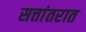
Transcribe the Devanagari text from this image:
सत्तांतरात